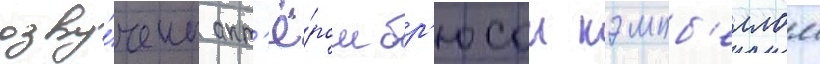
озву́чены акт'ё́ром бр'юсом кэмпб'еллом